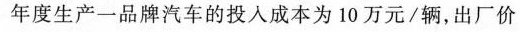
年度生产一品牌汽车的投入成本为10万元/辆，出厂价